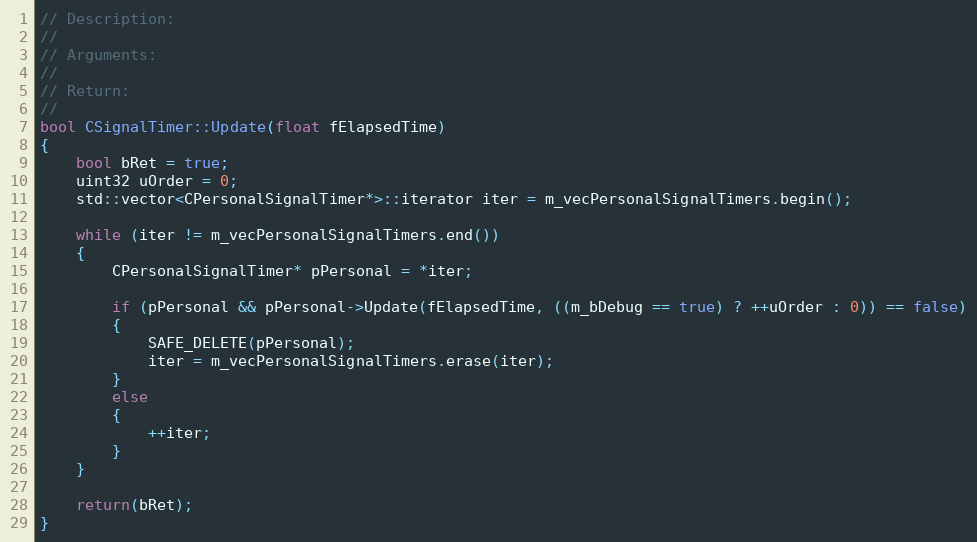
Language: C++
// Description:
//
// Arguments:
//
// Return:
//
bool CSignalTimer::Update(float fElapsedTime)
{
	bool bRet = true;
	uint32 uOrder = 0;
	std::vector<CPersonalSignalTimer*>::iterator iter = m_vecPersonalSignalTimers.begin();

	while (iter != m_vecPersonalSignalTimers.end())
	{
		CPersonalSignalTimer* pPersonal = *iter;

		if (pPersonal && pPersonal->Update(fElapsedTime, ((m_bDebug == true) ? ++uOrder : 0)) == false)
		{
			SAFE_DELETE(pPersonal);
			iter = m_vecPersonalSignalTimers.erase(iter);
		}
		else
		{
			++iter;
		}
	}

	return(bRet);
}